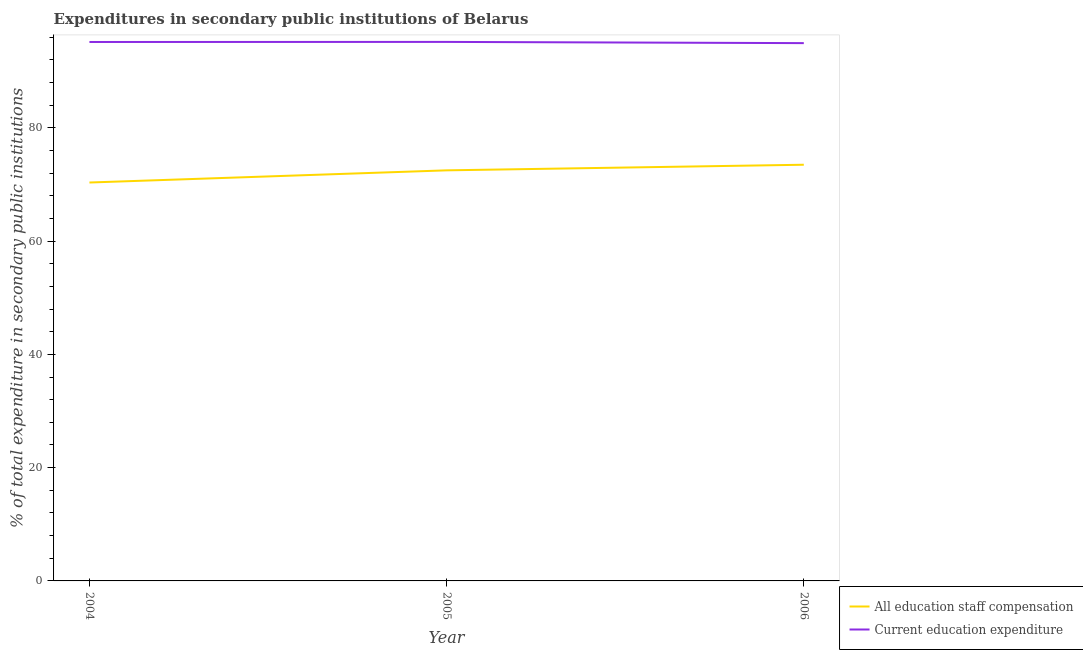
| Year | All education staff compensation | Current education expenditure |
 | --- | --- | --- |
 | 2004 | 70.3 | 95.2 |
 | 2005 | 72.5 | 95.2 |
 | 2006 | 73.5 | 95 |